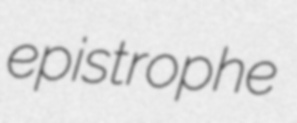
epistrophe